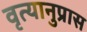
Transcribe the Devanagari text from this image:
वृत्यानुप्रास